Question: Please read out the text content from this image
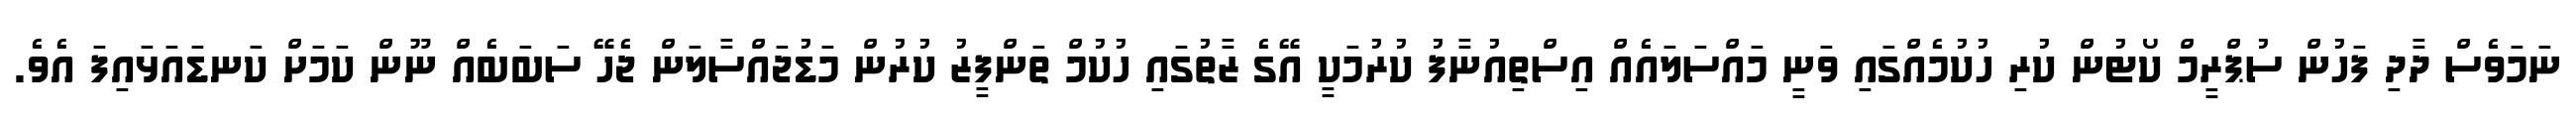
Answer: ނަމަވެސް ދާދި ފަހުން ސުޕްރީމް ކޯޓުން ކުރި ހުކުމެއްގައި ވަނީ މައްސަލައެއް އިސްތިއުނާފު ކުރުމަކީ އޭގެ ޒާތުގައި ހުކުމް ތަންފީޒު ކުރުން މަޑުޖައްސާލަން ޖެހޭ ސަބަބެއް ނޫން ކަމަށް ކަނޑައަޅައިފަ އެވެ.